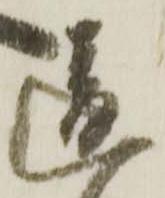
違